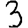
Digit: 3